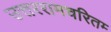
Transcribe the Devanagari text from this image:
उत्तररामचरितम्‍